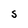
Character: S